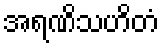
အရဏိသဟိတံ